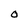
Character: O